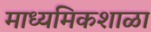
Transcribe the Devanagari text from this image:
माध्यमिकशाळा